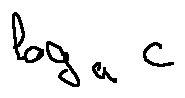
\log _ { a } c